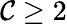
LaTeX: \mathcal{C}\ge2